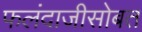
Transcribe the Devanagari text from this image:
फलंदाजीसोबत